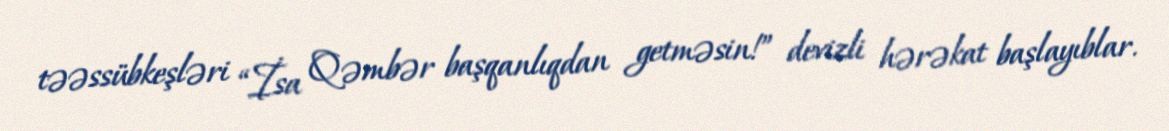
təəssübkeşləri “İsa Qəmbər başqanlıqdan getməsin!” devizli hərəkat başlayıblar.